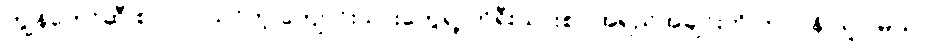
ကျွန်တော်ဆီ စာ လာသင်တဲ့ ကျောင်းသားတွေရဲ့ ကိုရီးယားစာ အရည်အချင်းကို တာဝန် ယူပါမယ်။